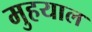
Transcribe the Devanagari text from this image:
मुहयाल